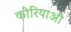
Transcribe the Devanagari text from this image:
कोरियाओ